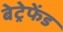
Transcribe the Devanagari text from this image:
बेट्रेफेंड